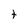
Character: t